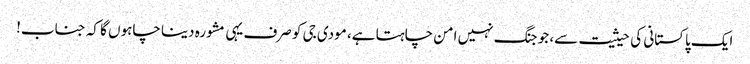
ایک پاکستانی کی حیثیت سے، جو جنگ نہیں امن چاہتا ہے، مودی جی کو صرف یہی مشورہ دینا چاہوں گا کہ جناب!